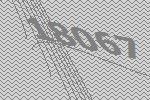
18067